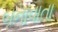
બનાવાતા